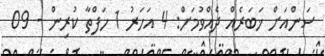
ސަންއަށް ޚަބަރެއް ދެއްވުމަށް: 4 އަހަރު 1 ހަފްތާ ކުރިން - 09